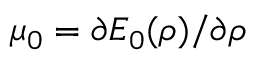
\mu _ { 0 } = \ensuremath { \partial E _ { 0 } ( \rho ) / \partial \rho }